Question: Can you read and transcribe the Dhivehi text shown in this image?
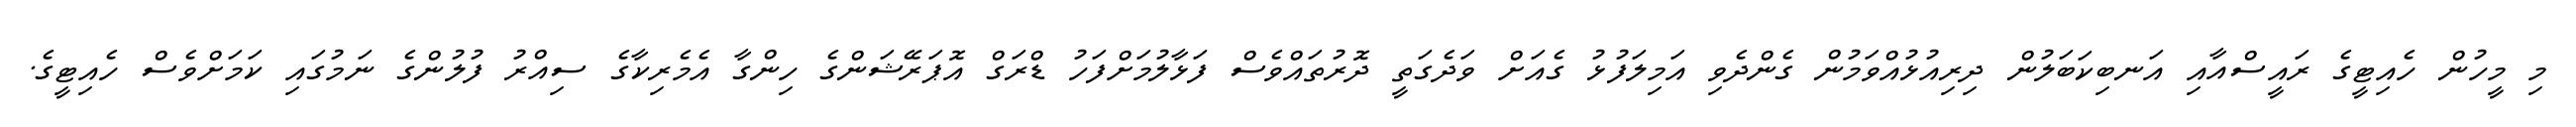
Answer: މި މީހުން ހެއިޓީގެ ރައީސްއާއި އަނބިކަބަލުން ދިރިއުޅުއްވަމުން ގެންދެވި އަމިލަފުޅު ގެއަށް ވަދެގަތީ ދޮރުތައްވެސް ފަޅާލުމަށްފަހު ޑްރަގް އޮޕަރޭޝަންގެ ހިންގާ އެމެރިކާގެ ސިއްރު ފުލުންގެ ނަމުގައި ކަމަށްވެސް ހެއިޓީގެ.